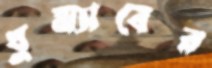
ঘুম্যাবের